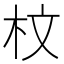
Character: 𣐀